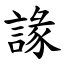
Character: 䛹